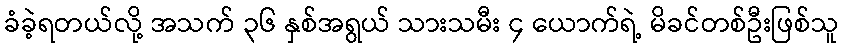
ခံခဲ့ရတယ်လို့ အသက် ၃၆ နှစ်အရွယ် သားသမီး ၄ ယောက်ရဲ့ မိခင်တစ်ဦးဖြစ်သူ